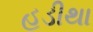
હડીથા